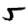
Digit: 5